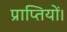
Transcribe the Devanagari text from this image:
प्राप्तियों।